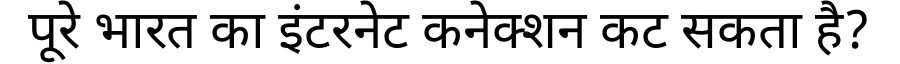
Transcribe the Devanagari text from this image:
पूरे भारत का इंटरनेट कनेक्शन कट सकता है?